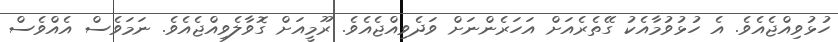
ހުޅުވިއްޖެއެވެ. އެ ހުޅުވުމާއެކު ގޭތެރެއަށް އަހަރެންނަށް ވަދެވިއްޖެއެވެ. ރޫމީއަށް ގޮވާލެވިއްޖެއެވެ. ނަމަވެސް އެއްވެސް